Civil Veterinary Department Bihar & Orissa reports 1929-36 - 1929-1936
Year: 1929
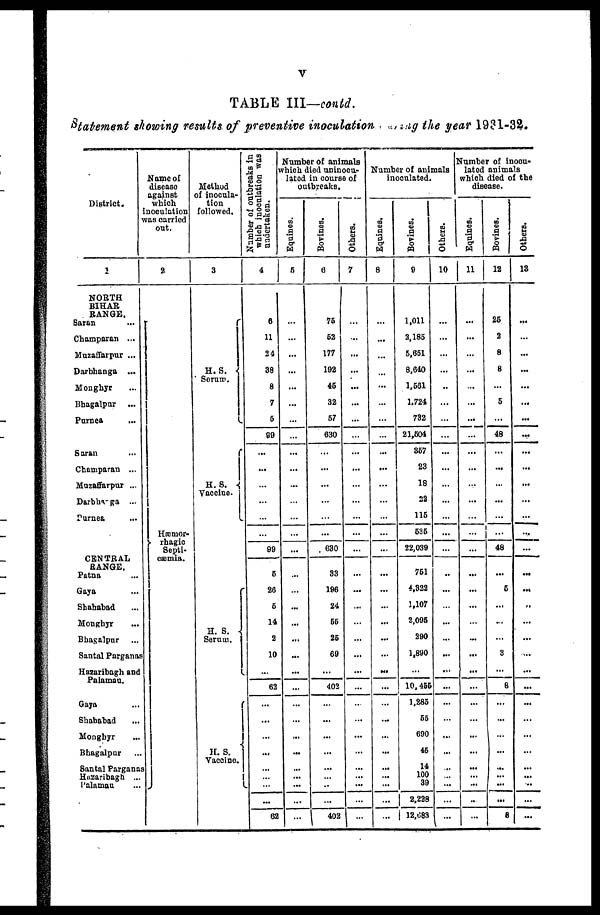
V
TABLE III—contd.
Statement showing results of preventive inoculation during the year 1931-32.
District.
1
NORTH
BIHAR
RANGE.
Saran ...
Champaran ...
Muzaffarpur ...
Darbhanga ...
Monghyr ...
Bhagalpur ...
Purnea ...
Saran ...
Champaran ...
Muzaffarpur ...
Darbhanga ...
Purnes ...
CENTRAL
RANGE.
Patna ...
Gaya ...
Shahabad ...
Monghyr ...
Bhagalpur ...
Santal Parganas
Hazaribagh and
Palamau.
Gaya ...
Shahabad ...
Monghyr ...
Bhagalpur ...
Santal Parganas
Hazaribagh ...
Palamau ...
Name of
disease
against
which
inoculation
was carried
out.
2
Hæmor-
Septi-
cæmia.
Method
of inocula-
tion
followed.
3
H.S.
Serum.
H.S.
Vaccine.
H. S.
Serum.
II. S.
Vaccine.
Number of outbreaks in
which inoculation was
undertaken.
4
6
11
24
38
8
7
6
99
...
...
...
...
...
...
99
5
26
6
14
2
10
...
62
...
...
...
...
...
...
...
...
62
Number of animals
which died uninocu-
lated in course of
outbreaks.
Equines.
5
...
...
...
...
...
...
...
...
...
...
...
...
...
...
...
...
...
...
...
...
...
...
...
...
...
...
...
...
...
...
...
Bovines.
0
75
52
177
192
45
32
67
630
...
...
...
...
...
...
630
33
196
24
66
25
69
...
402
...
...
...
...
...
..
...
402
Others.
7
...
...
...
...
...
...
...
...
...
...
...
...
...
...
...
...
...
...
...
...
...
...
...
...
...
...
...
...
...
...
Number of animals
inoculated.
Equines.
8
...
...
...
...
...
...
...
...
...
...
...
...
...
...
...
...
...
...
...
...
...
...
...
...
...
...
...
...
...
...
...
...
Bovines.
9
1,011
2,185
6,661
8,040
1,561
1,724
732
21,604
357
23
18
22
116
636
22,039
761
4,322
1,107
2,095
290
1,890
...
10,495
1,285
66
690
46
14
100
39
2,228
12,083
Others.
10
...
...
...
...
...
...
...
...
...
...
...
...
...
...
...
...
...
...
...
...
...
...
...
...
...
...
...
...
...
...
...
Number of inocu-
lated animals
which died of the
disease.
Equines.
11
...
...
...
...
...
...
...
...
...
...
...
...
...
...
...
...
...
...
...
...
...
...
...
...
...
...
...
...
...
...
Bovines.
12
26
2
8
8
...
5
...
48
...
...
...
...
...
...
48
...
6
...
...
3
...
8
...
...
...
...
...
...
...
...
8
Others.
13
...
...
...
...
...
...
...
...
...
...
...
...
...
...
-
...
...
...
...
...
...
...
...
...
...
...
...
...
...
...
...